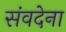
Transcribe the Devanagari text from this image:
संवदेना